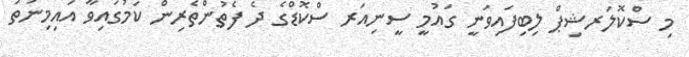
މި ސްކޮލަރޝިޕް ލިބިފައިވަނީ ގައުމީ ސީނިއަރ ސްކޮޑްގެ ދެ ފެތުންތެރިން ކަމުގައިވާ އައިމިނަތު